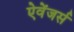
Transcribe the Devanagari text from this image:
ऐवेंजर्स